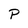
Character: P